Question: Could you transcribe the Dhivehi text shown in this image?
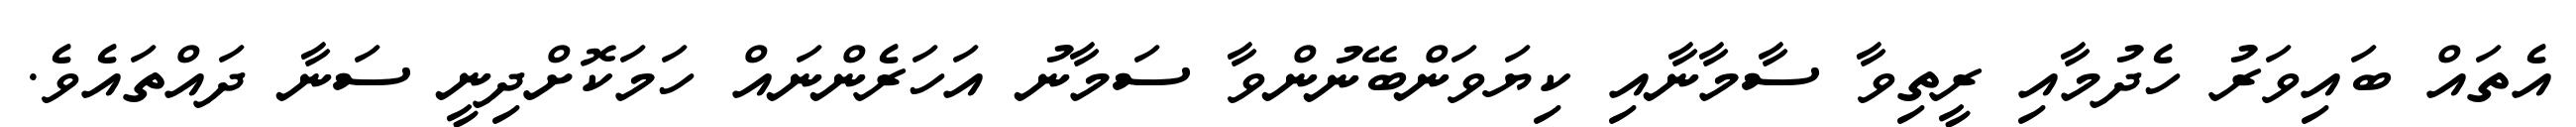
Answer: އެތައް ބައިވަރު ހެދުމާއި ރީތިވާ ސާމާނާއި ކިޔަވަންބޭނުންވާ ސަމާނު އަހަރެންނައް ހަމަކޮށްދިނީ ސަނާ ދައްތައެވެ.